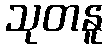
သုတနူ